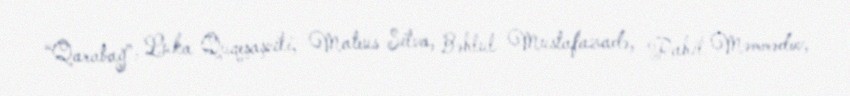
“Qarabağ”: Luka Quqeşaşvili, Mateus Silva, Bəhlul Mustafazadə, Rahil Məmmədov,